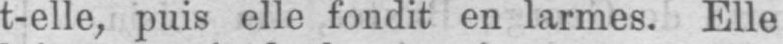
t-elle, puis elle fondit en larmes. Elle